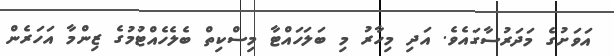
އަވަށުގެ މަދަރުސާގައެވެ. އަދި މިހާރު މި ބަލަހައްޓާ މިސްކިތް ބެލެހެއްޓުމުގެ ޒިންމާ އަހަރެން